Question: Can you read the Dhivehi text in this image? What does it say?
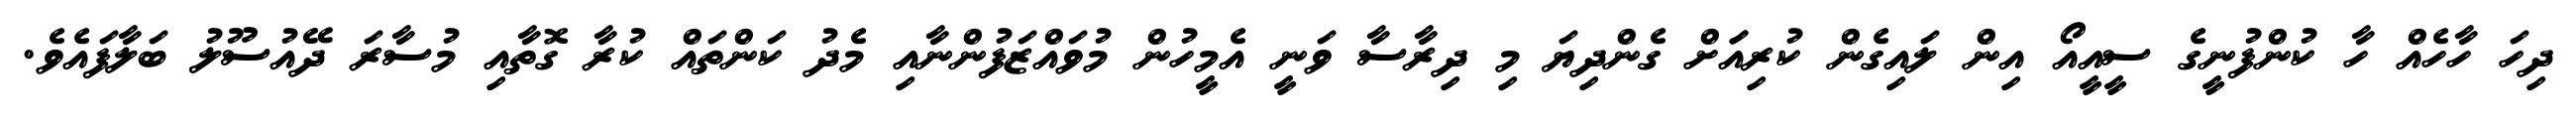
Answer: ދިހަ ހާހެއް ހާ ކުންފުނީގެ ސީއީއޯ އިން ލައިގެން ކުރިއަަށް ގެންދިޔަ މި ދިރާސާ ވަނީ އެމީހުން މުވައްޒަފުންނާއި މެދު ކަންތައް ކުރާ ގޮތާއި މުސާރަ ދޭއުސޫލު ބަލާފައެވެ.